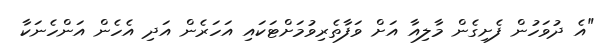
"އެ ދުވަހުން ފެށިގެން މާލިއާ އަށް ވަފާތެރިވުމަށްޓަކައި އަަހަރެން އަދި އެހެން އަންހެނަކާ